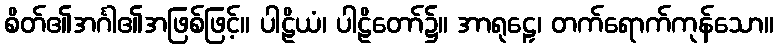
စိတ်၏အင်္ဂါ၏အဖြစ်ဖြင့်။ ပါဠိယံ၊ ပါဠိတော်၌။ အာရုဠှေ၊ တက်ရောက်ကုန်သော။